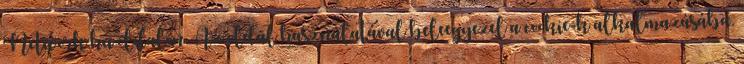
Network.hu oldalon. Az oldal használatával beleegyezel a cookie-k alkalmazásába.